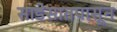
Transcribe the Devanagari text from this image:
साडेसातपासून